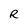
Character: R